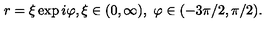
r = \xi \exp i \varphi , \xi \in ( 0 , \infty ) , \ \varphi \in ( - 3 \pi / 2 , \pi / 2 ) .